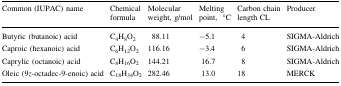
| Common (IUPAC) name | Chemical formula | Molecular weight, g/mol | Melting point,°C | Carbon chain length CL | Producer |
 | --- | --- | --- | --- | --- | --- |
 | Butyric (butanoic) acid | C4H8O2 | 88.11 | −5.1 | 4 | SIGMA-Aldrich |
 | Caproic (hexanoic) acid | C6H12O2 | 116.16 | −3.4 | 6 | SIGMA-Aldrich |
 | Caprylic (octanoic) acid | C8H16O2 | 144.21 | 16.7 | 8 | SIGMA-Aldrich |
 | Oleic (9z-octadec-9-enoic) acid | C18H34O2 | 282.46 | 13.0 | 18 | MERCK |